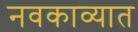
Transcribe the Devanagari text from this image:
नवकाव्यात